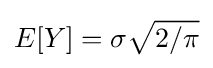
E[Y]=\sigma {\sqrt {2/\pi }}